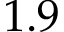
1 . 9